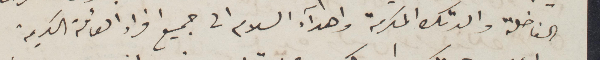
الفاضلة والدتك المركمة واهدآء السلام الى جميع افراد العائلة الكريمة